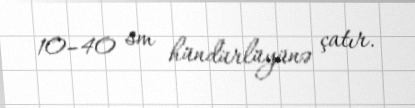
10–40 sm hündürlüyünə çatır.